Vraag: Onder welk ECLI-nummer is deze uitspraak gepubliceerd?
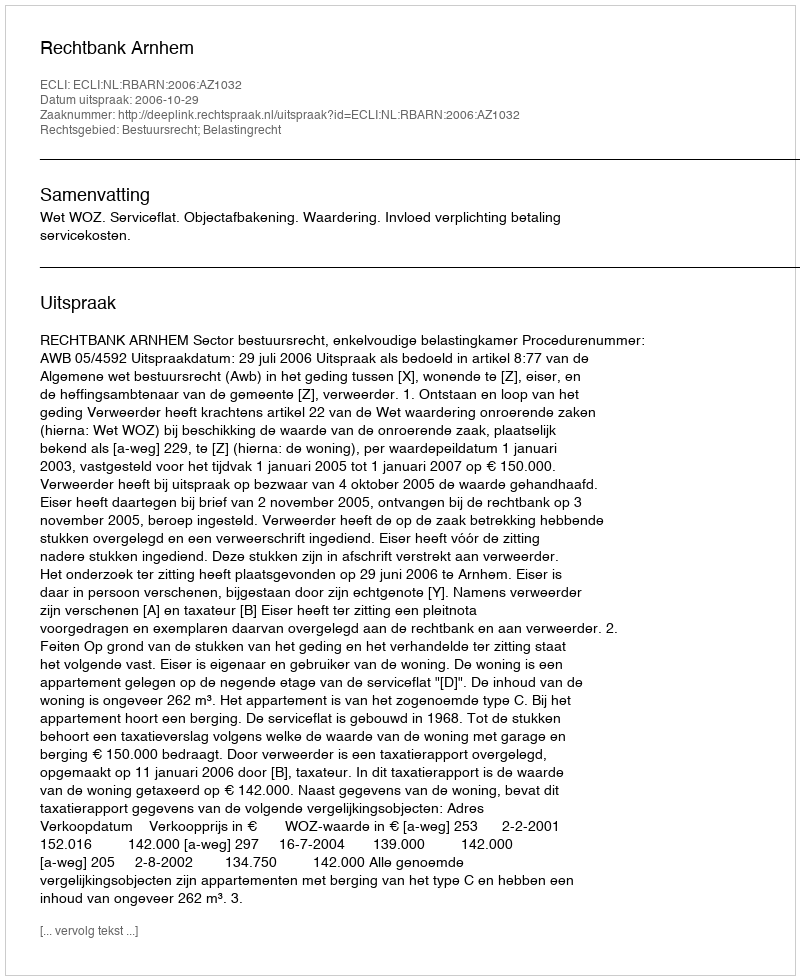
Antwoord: ECLI:NL:RBARN:2006:AZ1032